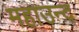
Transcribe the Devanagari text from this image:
महाउन्द